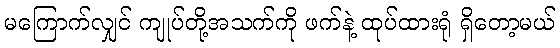
မကြောက်လျှင် ကျုပ်တို့အသက်ကို ဖက်နဲ့ ထုပ်ထားရုံ ရှိတော့မယ်